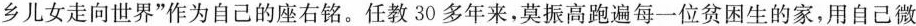
乡儿女走向世界”作为自己的座右铭。任教30多年来，莫振高跑遍每一位贫困生的家，用自己微